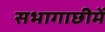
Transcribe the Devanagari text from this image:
सभागाछीमें